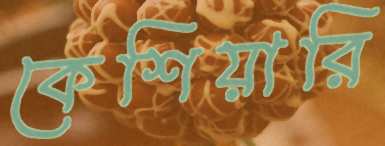
কেশিয়ারি